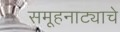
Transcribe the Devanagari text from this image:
समूहनाट्याचे